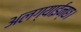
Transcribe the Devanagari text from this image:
अलग्याईन्छ।